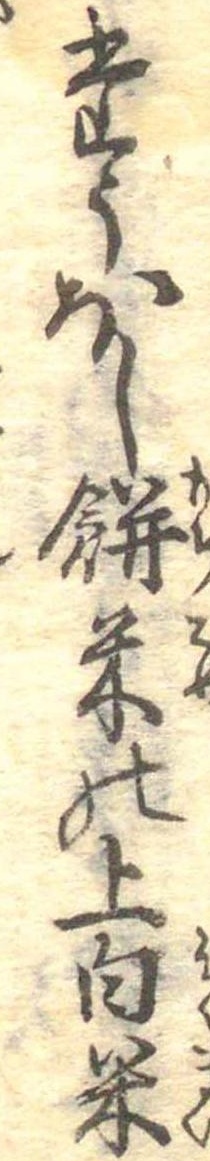
たうほし餅米の上白米